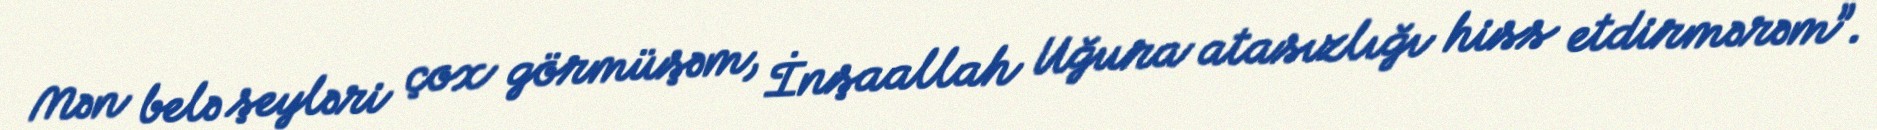
Mən belə şeyləri çox görmüşəm, İnşaallah Uğura atasızlığı hiss etdirmərəm”.